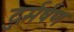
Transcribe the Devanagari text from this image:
दुर्मर्षण